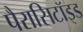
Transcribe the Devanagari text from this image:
पैरासिटॉइड